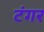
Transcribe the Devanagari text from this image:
टंगर